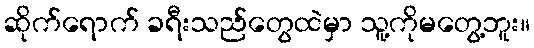
ဆိုက်ရောက် ခရီးသည်တွေထဲမှာ သူ့ကိုမတွေ့ဘူး။